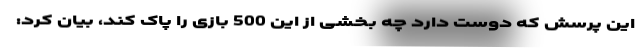
این پرسش که دوست دارد چه بخشی از این 500 بازی را پاک کند، بیان کرد: